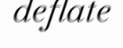
deflate